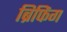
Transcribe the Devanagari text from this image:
ब्रिफिंग